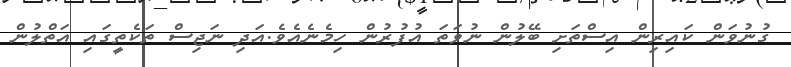
ގުނުވަން ކައިރިން އިސްތަށި ބޭލުން ނުވަތަ އުފުރުން ހިމެނެއެވެ.އަދި ނަޖިސް ތަކެތީގައި އަތްލުން